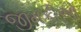
જીમકીઓ